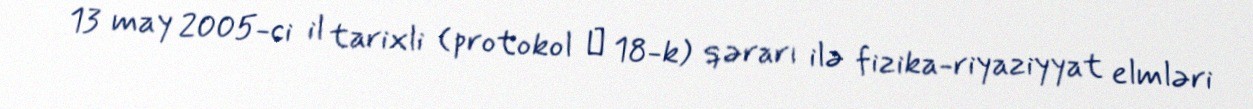
13 may 2005-ci il tarixli (protokol № 18-k) qərarı ilə fizika-riyaziyyat elmləri